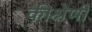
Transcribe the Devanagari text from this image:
कीश्रेणी